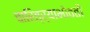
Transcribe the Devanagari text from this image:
चारित्र्याभोवती